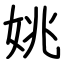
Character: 姚